King Institute of Preventive Medicine Micro-Biological Section reports 1912-19
Year: 1912
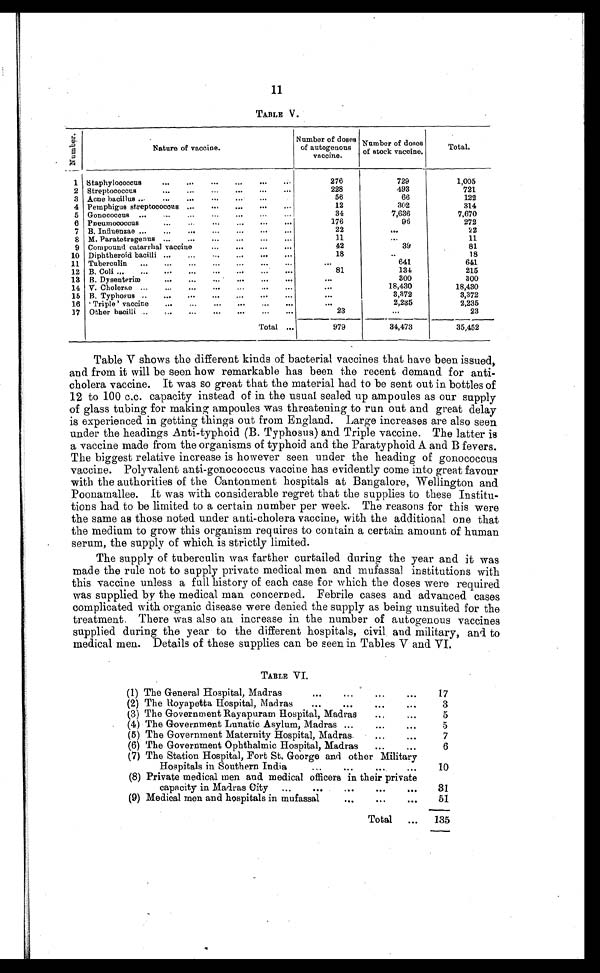
11
TABLE V .
N u m b e r .
Nature of vaccine.
Number of doses
of autogenous
vaccine.
Number of doses
of stock vaccine.
Total.
1 Staphylococcus . . .
276
729
1,005
2 Streptococcus . . .
228
493
721
3 Acne bacillus . . .
56
66
122
4 Pemphigus streptococcus . . .
12
302
314
5 Gonococcus . . .
3 4
7,636
7,670
6 Pneumococcus . . .
176
96
272
7 B. Influenzae . . .
22
. . .
22
8 M. Paratetragenus . . .
11
. . .
11
9 Compound catarrhal vaccine . . .
42
39
81
10 Diphtheroid bacilli . . .
18
. . .
18
11 Tuberculin . . .
. . .
641
641
12 B. Coli . . .
81
1 3 4
215
13 B. Dysenteriæ . . .
. . .
300
300
14 V. Cholerae . . .
. . .
18,430
18,430
15 B. Typhosus . . .
. . .
3,372
3,372
16
' T r i p l e ' v a c c i n e . . .
. . .
2,235
2,235
17 Other b a c i l l i . . .
23
. . .
23
Total . . .
979
34,473
35,452
Table V shows the different kinds of bacterial vaccines that have been issued,
and from it will be seen how remarkable has been the recent demand for anti
-
cholera vaccine. It was so great that the material had to be sent out in bottles of
12 to 100 c.c. capacity instead of in the usual sealed up ampoules as our supply
of glass tubing for making ampoules was threatening to run out and great delay
is experienced in getting things out from England. Large increases are also seen
under the headings Anti-typhoid (B. Typhosus) and Triple vaccine. The latter is
a vaccine made from the organisms of typhoid and the Paratyphoid A and B fevers.
The biggest relative increase is however seen under the heading of gonococcus
vaccine. Polyvalent anti-gonococcus vaccine has evidently come into great favour
with the authorities of the Cantonment hospitals at Bangalore, Wellington and
Poonamallee. It was with considerable regret that the supplies to these Institu
-
tions had to be limited to a certain number per week. The reasons for this were
the same as those noted under anti-cholera vaccine, with the additional one that
the medium to grow this organism requires to contain a certain amount of human
serum, the supply of which is strictly limited.
The supply of tuberculin was farther curtailed during the year and it was
made the rule not to supply private medical men and mufassal institutions with
this vaccine unless a full history of each case for which the doses were required
was supplied by the medical man concerned. Febrile cases and advanced cases
complicated with organic disease were denied the supply as being unsuited for the
treatment. There was also an increase in the number of autogenous vaccines
supplied during the year to the different hospitals, civil and military, and to
medical men. Details of these supplies can be seen in Tables V and VI.
TABLE VI.
(1) The General Hospital, Madras . . .
17
(2) The Royapetta Hospital, Madras . . .
3
(3) The Government Rayapuram Hospital, Madras . . .
5
(4) The Government Lunatic Asylum, Madras . . .
5
(5) The Government Maternity Hospital, Madras . . .
7
(6) The Government Ophthalmic Hospital, Madras . . .
6
(7) The Station Hospital, Fort St. George and other Military
Hospitals in Southern India . . .
10
(8) Private medical men and medical officers in their private
capacity in Madras City . . .
31
(9) Medical men and hospitals in mufassal . . .
51
Total . . .
135